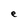
Character: e